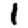
Digit: 1